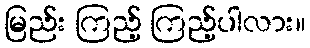
မြည်း ကြည့် ကြည့်ပါလား။